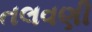
તલવણી